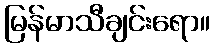
မြန်မာသီချင်းရော။